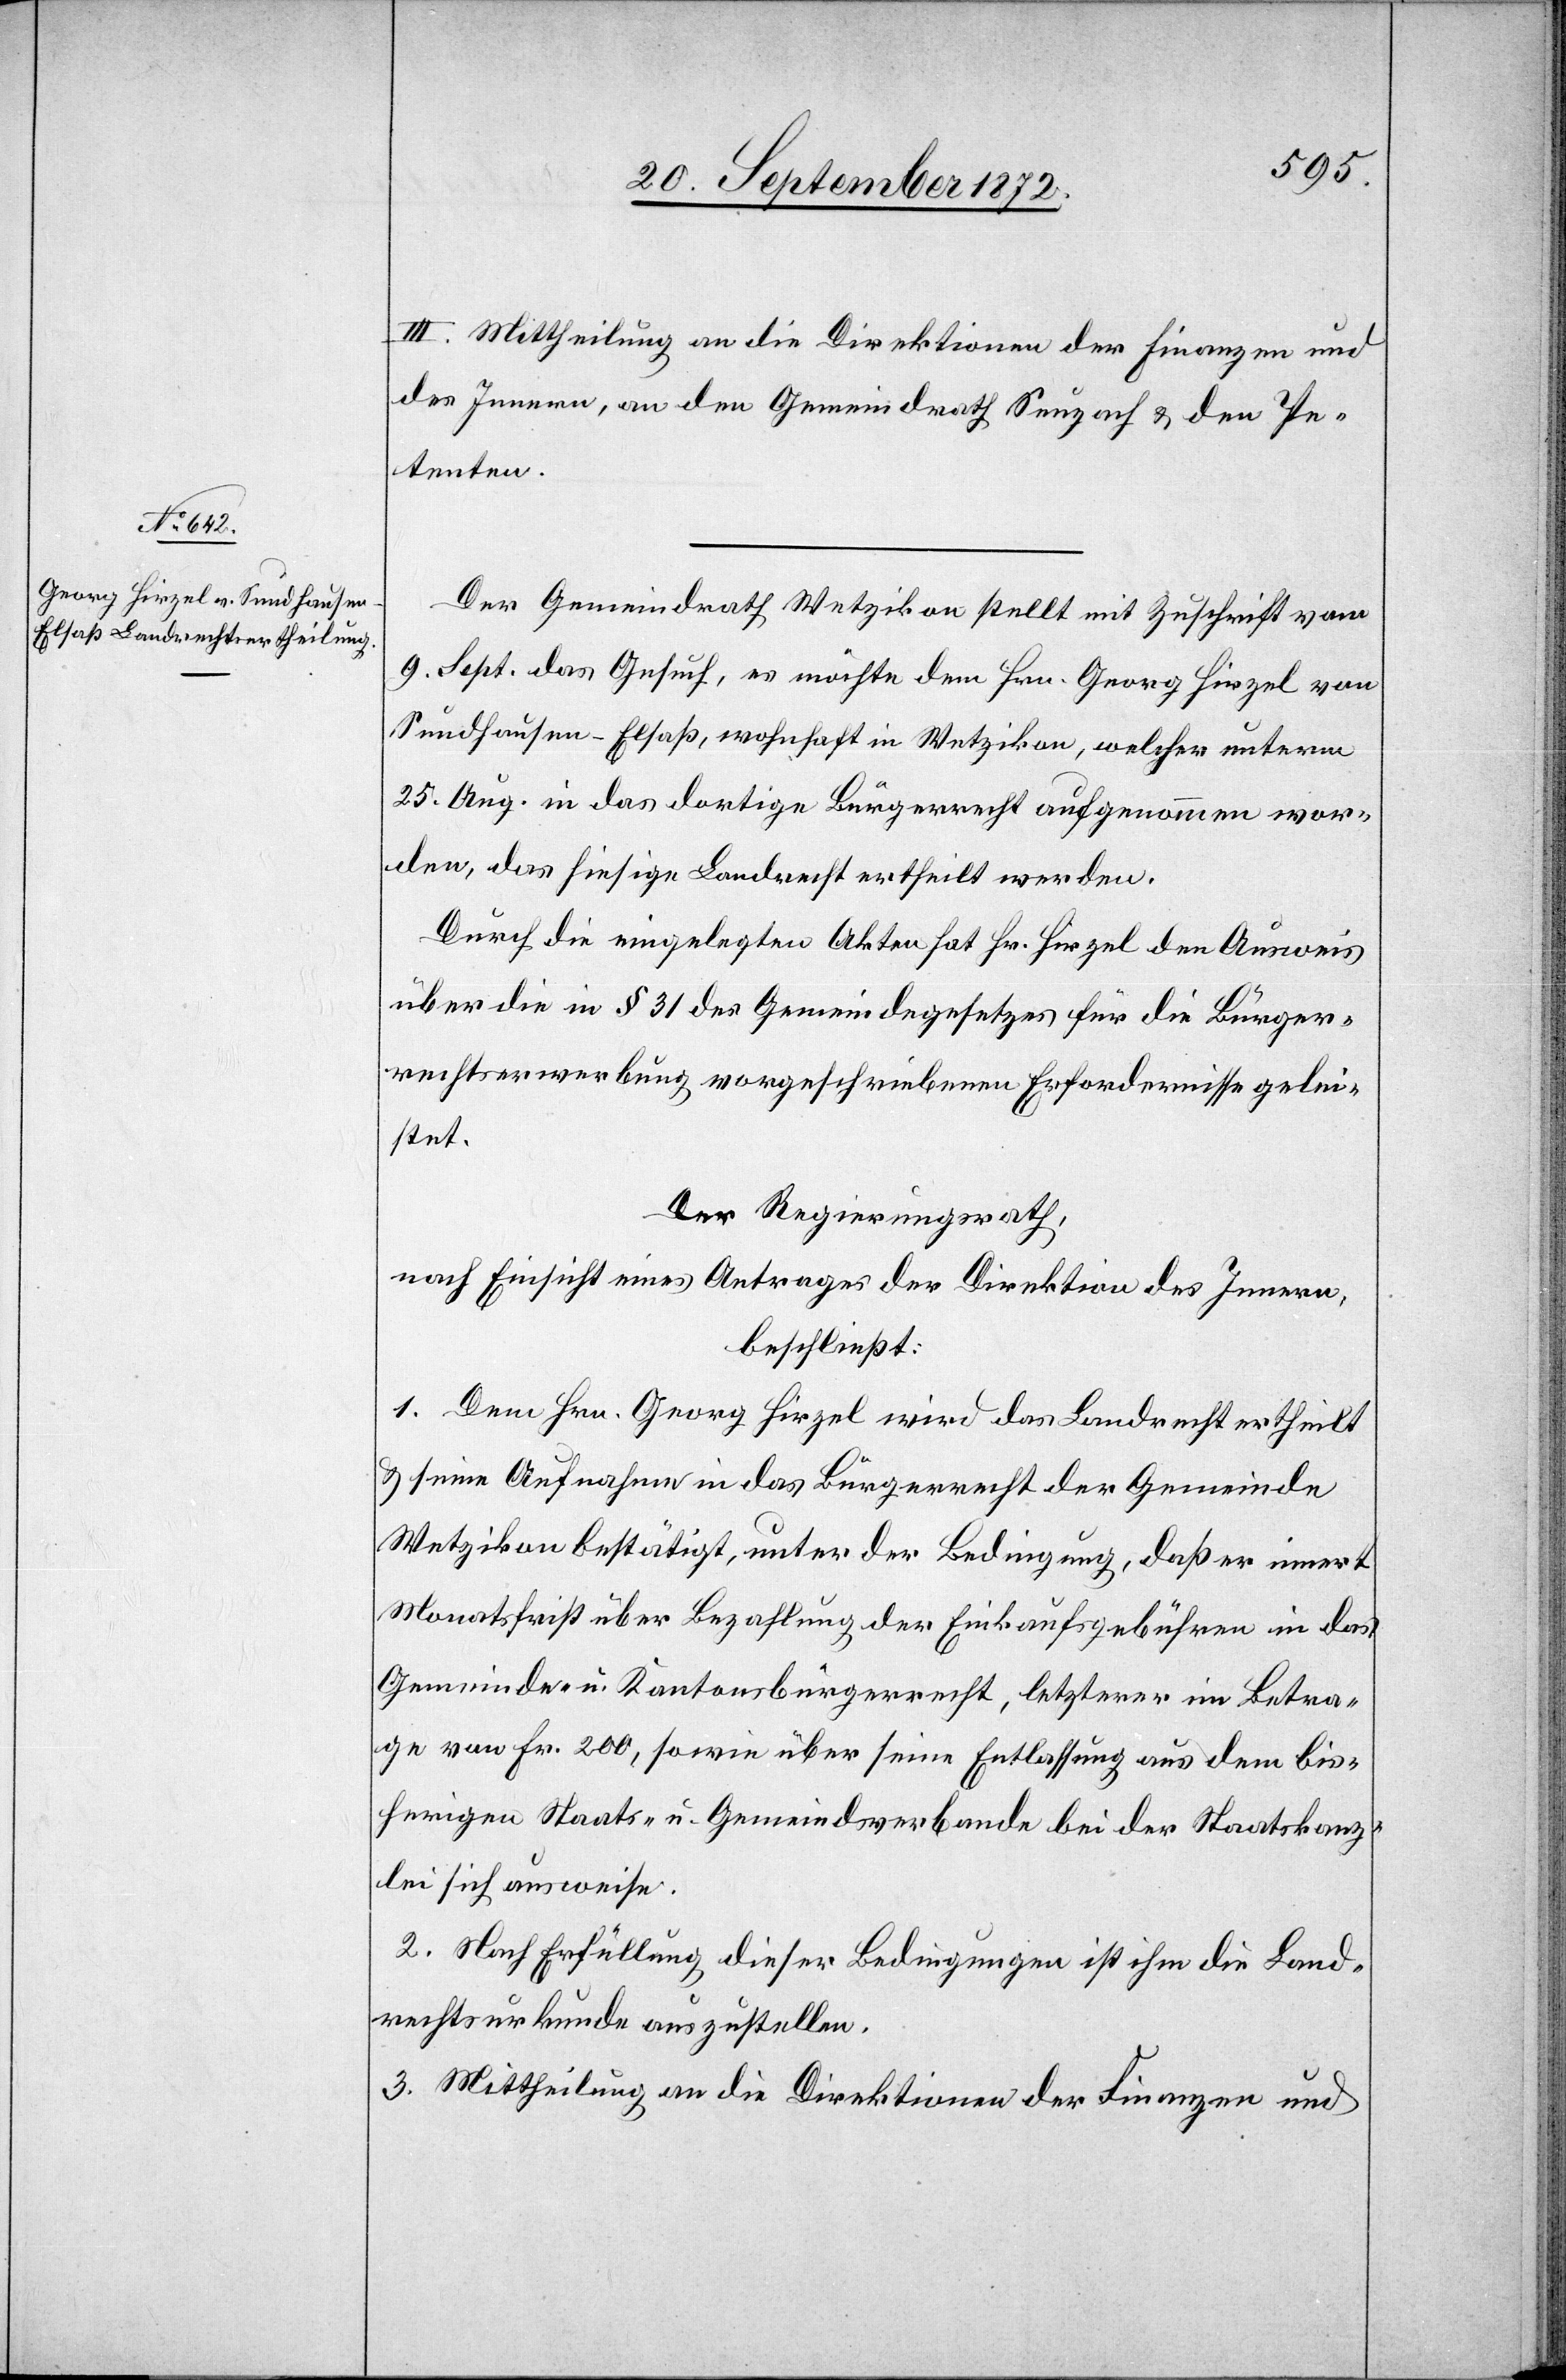
III. Mittheilung an die Direktionen der Finanzen und
des Innern, an den Gemeindrath Seuzach u. den Pe¬
tenten.
Der Gemeindrath Wetzikon stellt mit Zuschrift vom
9. Sept. das Gesuch, es möchte de Hrn. Georg Hirzel von
Sundhausen-Elsaß, wohnhaft in Wetzikon, welcher unter,
25. Aug. in das dortige Bürgerrecht aufgenommen wor¬
den, das hiesige Landrecht ertheilt werden.
Durch die eingelegten Akten hat Hr. Hirzel den Ausweis
über die in § 31 des Gemeindegesetzes für die Bürger¬
rechtserwerbung vorgeschriebenen Erfordernisse gelei¬
stet.
Der Regierungsrath.
nach Einsicht eines Antrages der Direktion des Innern,
beschließt:
1. Dem Hrn. Georg Hirzel wird das Landrecht ertheilt
u. seine Aufnahme in das Bürgerrecht der Gemeinde
Wetzikon bestätigt, unter der Bedingung, daß er innert
Monatsfrist über Bezahlung der Einkaufsgebühren in das
Gemeinde- u. Kantonsbürgerrecht, letzterer im Betra¬
ge von Fr. 200, sowie über seine Entlassung aus dem bis¬
herigen Staats- u. Gemeindsverbande bei der Staatskanz¬
lei sich ausweise.
2. Nach Erfüllung dieser Bedingungen ist ihm die Land¬
rechtsurkunde auszustellen.
3. Mittheilung an die Direktionen der Finanzen und